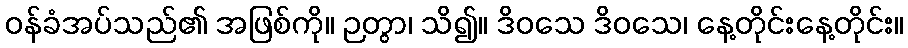
ဝန်ခံအပ်သည်၏ အဖြစ်ကို။ ဉတွာ၊ သိ၍။ ဒိဝသေ ဒိဝသေ၊ နေ့တိုင်းနေ့တိုင်း။